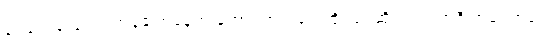
ရုပ်တွေချည်းပဲ၊ အခုပြောနေတဲ့ တောင့်တင်းရုပ် ထိုင်ရုပ်ဆိုတာက အဲဒီ အကြောရုပ်